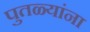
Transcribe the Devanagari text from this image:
पुतळ्यांना